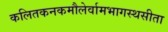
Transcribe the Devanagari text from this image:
कलितकनकमौलेर्वामभागस्थसीता